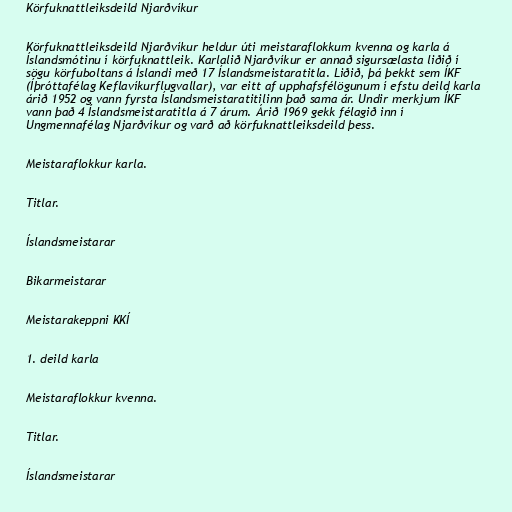
Körfuknattleiksdeild Njarðvíkur

Körfuknattleiksdeild Njarðvíkur heldur úti meistaraflokkum kvenna og karla á
Íslandsmótinu í körfuknattleik. Karlalið Njarðvíkur er annað sigursælasta liðið í
sögu körfuboltans á Íslandi með 17 Íslandsmeistaratitla. Liðið, þá þekkt sem ÍKF
(Íþróttafélag Keflavíkurflugvallar), var eitt af upphafsfélögunum í efstu deild karla
árið 1952 og vann fyrsta Íslandsmeistaratitilinn það sama ár. Undir merkjum ÍKF
vann það 4 Íslandsmeistaratitla á 7 árum. Árið 1969 gekk félagið inn í
Ungmennafélag Njarðvíkur og varð að körfuknattleiksdeild þess.

Meistaraflokkur karla.

Titlar.

Íslandsmeistarar

Bikarmeistarar

Meistarakeppni KKÍ

1. deild karla

Meistaraflokkur kvenna.

Titlar.

Íslandsmeistarar